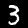
Digit: 3